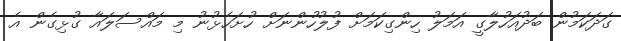
ގަދަކަމުން ބަދުއަހުލާގީ އަމަލު ހިންގިކަމަށް ފުލުހުންނަށް ހުށަހެޅުނު މި މައްސަލައާ ގުޅިގެން އެ